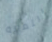
الثمالة